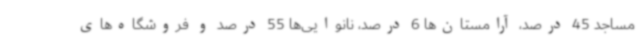
مساجد 45 درصد، آرامستان‌ها 6 درصد، نانوایی‌ها 55 درصد و فروشگاه‌های